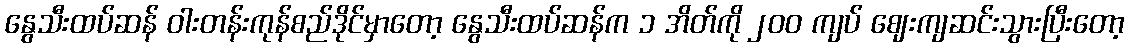
နွေသီးထပ်ဆန် ဝါးတန်းကုန်စည်ဒိုင်မှာတော့ နွေသီးထပ်ဆန်က ၁ အိတ်ကို ၂၀၀ ကျပ် ဈေးကျဆင်းသွားပြီးတော့